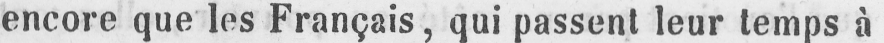
encore que les Français, qui passent leur temps à